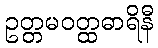
ဥတ္တမဝတ္ထဓာရိနီ